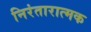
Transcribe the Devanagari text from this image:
निरंतारात्मक